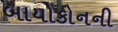
બાયોકોનની